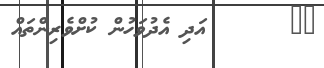
٤٩       އަދި އެދުވަހުން ކުށްވެރިންތައް